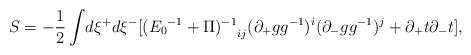
LaTeX: \begin{align*}S = -\frac{1}{2}\int\!d\xi^{+}d\xi^{-}[{({E_0}^{-1} + \Pi)^{-1}}_{ij}(\partial_{+}g g^{-1})^i (\partial_{-}g g^{-1})^j + \partial_{+}t \partial_{-}t],\end{align*}